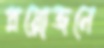
প্রয়োজনে